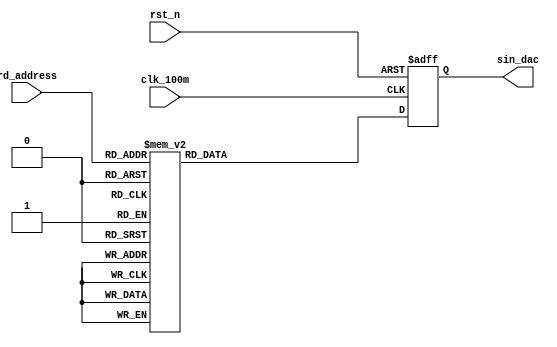
module sin_rom( //stored sine wave like a rom
    clk_100m  ,
    rst_n     ,
    rd_address,
    sin_dac
    );

    input               clk_100m  ;
    input               rst_n     ;
    input [7:0]         rd_address;

    output reg [7:0]    sin_dac ;   //to output analog sine wave

    always@(posedge clk_100m or negedge rst_n)begin //sine wave
        if(rst_n==1'b0)begin
            sin_dac <= 8'h00;
        end
        else begin
            case(rd_address)
                8'd0   : sin_dac <= 8'd128;
                8'd1   : sin_dac <= 8'd131;
                8'd2   : sin_dac <= 8'd134;
                8'd3   : sin_dac <= 8'd137;
                8'd4   : sin_dac <= 8'd140;
                8'd5   : sin_dac <= 8'd144;
                8'd6   : sin_dac <= 8'd147;
                8'd7   : sin_dac <= 8'd150;
                8'd8   : sin_dac <= 8'd153;
                8'd9   : sin_dac <= 8'd156;
                8'd10  : sin_dac <= 8'd159;
                8'd11  : sin_dac <= 8'd162;
                8'd12  : sin_dac <= 8'd165;
                8'd13  : sin_dac <= 8'd168;
                8'd14  : sin_dac <= 8'd171;
                8'd15  : sin_dac <= 8'd174;
                8'd16  : sin_dac <= 8'd177;
                8'd17  : sin_dac <= 8'd180;
                8'd18  : sin_dac <= 8'd182;
                8'd19  : sin_dac <= 8'd185;
                8'd20  : sin_dac <= 8'd188;
                8'd21  : sin_dac <= 8'd191;
                8'd22  : sin_dac <= 8'd194;
                8'd23  : sin_dac <= 8'd196;
                8'd24  : sin_dac <= 8'd199;
                8'd25  : sin_dac <= 8'd201;
                8'd26  : sin_dac <= 8'd204;
                8'd27  : sin_dac <= 8'd206;
                8'd28  : sin_dac <= 8'd209;
                8'd29  : sin_dac <= 8'd211;
                8'd30  : sin_dac <= 8'd214;
                8'd31  : sin_dac <= 8'd216;
                8'd32  : sin_dac <= 8'd218;
                8'd33  : sin_dac <= 8'd220;
                8'd34  : sin_dac <= 8'd222;
                8'd35  : sin_dac <= 8'd224;
                8'd36  : sin_dac <= 8'd226;
                8'd37  : sin_dac <= 8'd228;
                8'd38  : sin_dac <= 8'd230;
                8'd39  : sin_dac <= 8'd232;
                8'd40  : sin_dac <= 8'd234;
                8'd41  : sin_dac <= 8'd236;
                8'd42  : sin_dac <= 8'd237;
                8'd43  : sin_dac <= 8'd239;
                8'd44  : sin_dac <= 8'd240;
                8'd45  : sin_dac <= 8'd242;
                8'd46  : sin_dac <= 8'd243;
                8'd47  : sin_dac <= 8'd244;
                8'd48  : sin_dac <= 8'd246;
                8'd49  : sin_dac <= 8'd247;
                8'd50  : sin_dac <= 8'd248;
                8'd51  : sin_dac <= 8'd249;
                8'd52  : sin_dac <= 8'd250;
                8'd53  : sin_dac <= 8'd251;
                8'd54  : sin_dac <= 8'd251;
                8'd55  : sin_dac <= 8'd252;
                8'd56  : sin_dac <= 8'd253;
                8'd57  : sin_dac <= 8'd253;
                8'd58  : sin_dac <= 8'd254;
                8'd59  : sin_dac <= 8'd254;
                8'd60  : sin_dac <= 8'd254;
                8'd61  : sin_dac <= 8'd255;
                8'd62  : sin_dac <= 8'd255;
                8'd63  : sin_dac <= 8'd255;
                8'd64  : sin_dac <= 8'd255;
                8'd65  : sin_dac <= 8'd255;
                8'd66  : sin_dac <= 8'd255;
                8'd67  : sin_dac <= 8'd255;
                8'd68  : sin_dac <= 8'd254;
                8'd69  : sin_dac <= 8'd254;
                8'd70  : sin_dac <= 8'd253;
                8'd71  : sin_dac <= 8'd253;
                8'd72  : sin_dac <= 8'd252;
                8'd73  : sin_dac <= 8'd252;
                8'd74  : sin_dac <= 8'd251;
                8'd75  : sin_dac <= 8'd250;
                8'd76  : sin_dac <= 8'd249;
                8'd77  : sin_dac <= 8'd248;
                8'd78  : sin_dac <= 8'd247;
                8'd79  : sin_dac <= 8'd246;
                8'd80  : sin_dac <= 8'd245;
                8'd81  : sin_dac <= 8'd244;
                8'd82  : sin_dac <= 8'd242;
                8'd83  : sin_dac <= 8'd241;
                8'd84  : sin_dac <= 8'd240;
                8'd85  : sin_dac <= 8'd238;
                8'd86  : sin_dac <= 8'd236;
                8'd87  : sin_dac <= 8'd235;
                8'd88  : sin_dac <= 8'd233;
                8'd89  : sin_dac <= 8'd231;
                8'd90  : sin_dac <= 8'd229;
                8'd91  : sin_dac <= 8'd227;
                8'd92  : sin_dac <= 8'd225;
                8'd93  : sin_dac <= 8'd223;
                8'd94  : sin_dac <= 8'd221;
                8'd95  : sin_dac <= 8'd219;
                8'd96  : sin_dac <= 8'd217;
                8'd97  : sin_dac <= 8'd215;
                8'd98  : sin_dac <= 8'd212;
                8'd99  : sin_dac <= 8'd210;
                8'd100 : sin_dac <= 8'd208;
                8'd101 : sin_dac <= 8'd205;
                8'd102 : sin_dac <= 8'd203;
                8'd103 : sin_dac <= 8'd200;
                8'd104 : sin_dac <= 8'd197;
                8'd105 : sin_dac <= 8'd195;
                8'd106 : sin_dac <= 8'd192;
                8'd107 : sin_dac <= 8'd189;
                8'd108 : sin_dac <= 8'd187;
                8'd109 : sin_dac <= 8'd184;
                8'd110 : sin_dac <= 8'd181;
                8'd111 : sin_dac <= 8'd178;
                8'd112 : sin_dac <= 8'd175;
                8'd113 : sin_dac <= 8'd172;
                8'd114 : sin_dac <= 8'd169;
                8'd115 : sin_dac <= 8'd167;
                8'd116 : sin_dac <= 8'd164;
                8'd117 : sin_dac <= 8'd160;
                8'd118 : sin_dac <= 8'd157;
                8'd119 : sin_dac <= 8'd154;
                8'd120 : sin_dac <= 8'd151;
                8'd121 : sin_dac <= 8'd148;
                8'd122 : sin_dac <= 8'd145;
                8'd123 : sin_dac <= 8'd142;
                8'd124 : sin_dac <= 8'd139;
                8'd125 : sin_dac <= 8'd136;
                8'd126 : sin_dac <= 8'd133;
                8'd127 : sin_dac <= 8'd130;
                8'd128 : sin_dac <= 8'd126;
                8'd129 : sin_dac <= 8'd123;
                8'd130 : sin_dac <= 8'd120;
                8'd131 : sin_dac <= 8'd117;
                8'd132 : sin_dac <= 8'd114;
                8'd133 : sin_dac <= 8'd111;
                8'd134 : sin_dac <= 8'd108;
                8'd135 : sin_dac <= 8'd105;
                8'd136 : sin_dac <= 8'd102;
                8'd137 : sin_dac <= 8'd99;
                8'd138 : sin_dac <= 8'd96;
                8'd139 : sin_dac <= 8'd92;
                8'd140 : sin_dac <= 8'd89;
                8'd141 : sin_dac <= 8'd87;
                8'd142 : sin_dac <= 8'd84;
                8'd143 : sin_dac <= 8'd81;
                8'd144 : sin_dac <= 8'd78;
                8'd145 : sin_dac <= 8'd75;
                8'd146 : sin_dac <= 8'd72;
                8'd147 : sin_dac <= 8'd69;
                8'd148 : sin_dac <= 8'd67;
                8'd149 : sin_dac <= 8'd64;
                8'd150 : sin_dac <= 8'd61;
                8'd151 : sin_dac <= 8'd59;
                8'd152 : sin_dac <= 8'd56;
                8'd153 : sin_dac <= 8'd53;
                8'd154 : sin_dac <= 8'd51;
                8'd155 : sin_dac <= 8'd48;
                8'd156 : sin_dac <= 8'd46;
                8'd157 : sin_dac <= 8'd44;
                8'd158 : sin_dac <= 8'd41;
                8'd159 : sin_dac <= 8'd39;
                8'd160 : sin_dac <= 8'd37;
                8'd161 : sin_dac <= 8'd35;
                8'd162 : sin_dac <= 8'd33;
                8'd163 : sin_dac <= 8'd31;
                8'd164 : sin_dac <= 8'd29;
                8'd165 : sin_dac <= 8'd27;
                8'd166 : sin_dac <= 8'd25;
                8'd167 : sin_dac <= 8'd23;
                8'd168 : sin_dac <= 8'd21;
                8'd169 : sin_dac <= 8'd20;
                8'd170 : sin_dac <= 8'd18;
                8'd171 : sin_dac <= 8'd16;
                8'd172 : sin_dac <= 8'd15;
                8'd173 : sin_dac <= 8'd14;
                8'd174 : sin_dac <= 8'd12;
                8'd175 : sin_dac <= 8'd11;
                8'd176 : sin_dac <= 8'd10;
                8'd177 : sin_dac <= 8'd9;
                8'd178 : sin_dac <= 8'd8;
                8'd179 : sin_dac <= 8'd7;
                8'd180 : sin_dac <= 8'd6;
                8'd181 : sin_dac <= 8'd5;
                8'd182 : sin_dac <= 8'd4;
                8'd183 : sin_dac <= 8'd4;
                8'd184 : sin_dac <= 8'd3;
                8'd185 : sin_dac <= 8'd3;
                8'd186 : sin_dac <= 8'd2;
                8'd187 : sin_dac <= 8'd2;
                8'd188 : sin_dac <= 8'd1;
                8'd189 : sin_dac <= 8'd1;
                8'd190 : sin_dac <= 8'd1;
                8'd191 : sin_dac <= 8'd1;
                8'd192 : sin_dac <= 8'd1;
                8'd193 : sin_dac <= 8'd1;
                8'd194 : sin_dac <= 8'd1;
                8'd195 : sin_dac <= 8'd2;
                8'd196 : sin_dac <= 8'd2;
                8'd197 : sin_dac <= 8'd2;
                8'd198 : sin_dac <= 8'd3;
                8'd199 : sin_dac <= 8'd3;
                8'd200 : sin_dac <= 8'd4;
                8'd201 : sin_dac <= 8'd5;
                8'd202 : sin_dac <= 8'd5;
                8'd203 : sin_dac <= 8'd6;
                8'd204 : sin_dac <= 8'd7;
                8'd205 : sin_dac <= 8'd8;
                8'd206 : sin_dac <= 8'd9;
                8'd207 : sin_dac <= 8'd10;
                8'd208 : sin_dac <= 8'd12;
                8'd209 : sin_dac <= 8'd13;
                8'd210 : sin_dac <= 8'd14;
                8'd211 : sin_dac <= 8'd16;
                8'd212 : sin_dac <= 8'd17;
                8'd213 : sin_dac <= 8'd19;
                8'd214 : sin_dac <= 8'd20;
                8'd215 : sin_dac <= 8'd22;
                8'd216 : sin_dac <= 8'd24;
                8'd217 : sin_dac <= 8'd26;
                8'd218 : sin_dac <= 8'd28;
                8'd219 : sin_dac <= 8'd30;
                8'd220 : sin_dac <= 8'd32;
                8'd221 : sin_dac <= 8'd34;
                8'd222 : sin_dac <= 8'd36;
                8'd223 : sin_dac <= 8'd38;
                8'd224 : sin_dac <= 8'd40;
                8'd225 : sin_dac <= 8'd42;
                8'd226 : sin_dac <= 8'd45;
                8'd227 : sin_dac <= 8'd47;
                8'd228 : sin_dac <= 8'd50;
                8'd229 : sin_dac <= 8'd52;
                8'd230 : sin_dac <= 8'd55;
                8'd231 : sin_dac <= 8'd57;
                8'd232 : sin_dac <= 8'd60;
                8'd233 : sin_dac <= 8'd62;
                8'd234 : sin_dac <= 8'd65;
                8'd235 : sin_dac <= 8'd68;
                8'd236 : sin_dac <= 8'd71;
                8'd237 : sin_dac <= 8'd74;
                8'd238 : sin_dac <= 8'd76;
                8'd239 : sin_dac <= 8'd79;
                8'd240 : sin_dac <= 8'd82;
                8'd241 : sin_dac <= 8'd85;
                8'd242 : sin_dac <= 8'd88;
                8'd243 : sin_dac <= 8'd91;
                8'd244 : sin_dac <= 8'd94;
                8'd245 : sin_dac <= 8'd97;
                8'd246 : sin_dac <= 8'd100;
                8'd247 : sin_dac <= 8'd103;
                8'd248 : sin_dac <= 8'd106;
                8'd249 : sin_dac <= 8'd109;
                8'd250 : sin_dac <= 8'd112;
                8'd251 : sin_dac <= 8'd116;
                8'd252 : sin_dac <= 8'd119;
                8'd253 : sin_dac <= 8'd122;
                8'd254 : sin_dac <= 8'd125;
                8'd255 : sin_dac <= 8'd128;
                default: sin_dac <= 8'h00;
            endcase
        end
    end

    endmodule